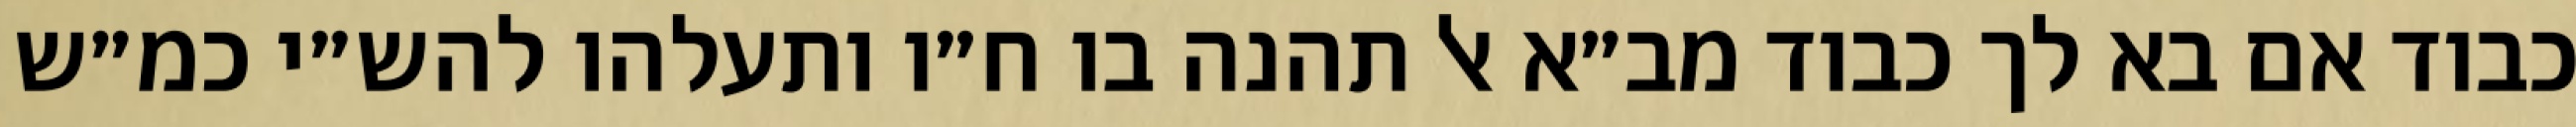
כבוד אם בא לך כבוד מב״א אל תהנה בו ח״ו ותעלהו להש״י כמ״ש